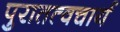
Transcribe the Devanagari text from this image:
पुरातत्वचार्य